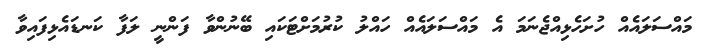
މައްސަލައެއް ހުށަހެޅިއްޖެނަމަ އެ މައްސަލައެއް ހައްލު ކުރުމަށްޓަކައި ބޭނުންވާ ފަންނީ ލަފާ ކަނޑައެޅިފައިވާ